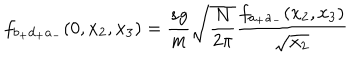
f _ { b _ { + } d _ { + } a _ { - } } ( 0 , x _ { 2 } , x _ { 3 } ) = \frac { s g } { m } \sqrt { \frac { N } { 2 \pi } } \frac { f _ { a _ { + } a _ { - } } ( x _ { 2 } , x _ { 3 } ) } { \sqrt { x _ { 2 } } }